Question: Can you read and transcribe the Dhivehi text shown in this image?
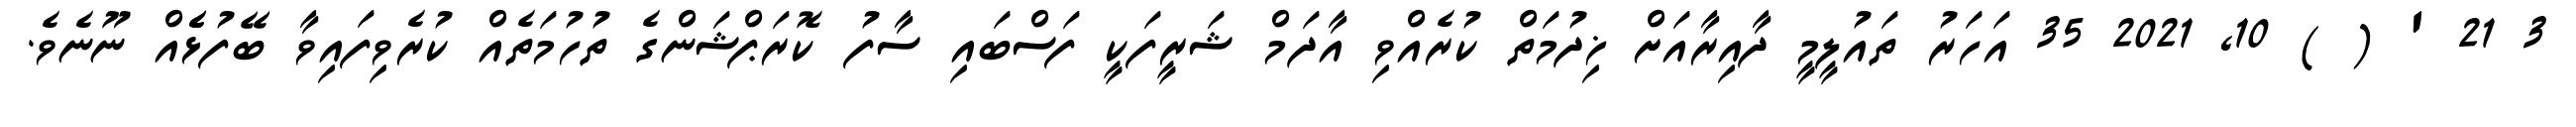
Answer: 3 21 ' ( ) 10, 2021 35 އަހަރު ތައުލީމީ ދާއިރާއަށް ޚިދުމަތް ކުރެއްވި އާދަމް ޝަރީފަކީ ފަސްބައި ސާފު ކޮރަޕްޝަންގެ ތުހުމަތެއް ކުރެވިފައިވާ ބޭފުޅެެއް ނޫނެވެ.